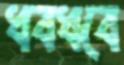
ধবধবে